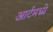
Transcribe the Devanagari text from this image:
आर्टमध्‍ये